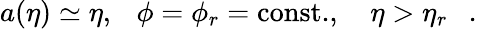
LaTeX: a(\eta)\simeq\eta,~~~\phi=\phi_{r}=\mathrm{const.},~~~~\eta>\eta_{r}~~~.